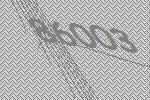
86003